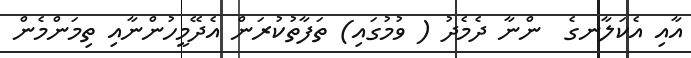
އާއި އެކަލާނގެ  ންނާ ދެމެދު ( ވުމުގައި) ތަފާތުކުރަން އެދޭމީހުންނާއި ތިމަންމެން